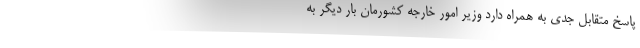
پاسخ متقابل جدی به همراه دارد وزیر امور خارجه کشورمان بار دیگر به